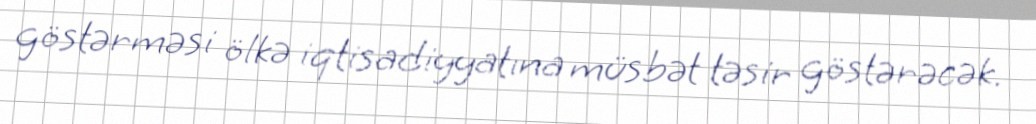
göstərməsi ölkə iqtisadiyyatına müsbət təsir göstərəcək.